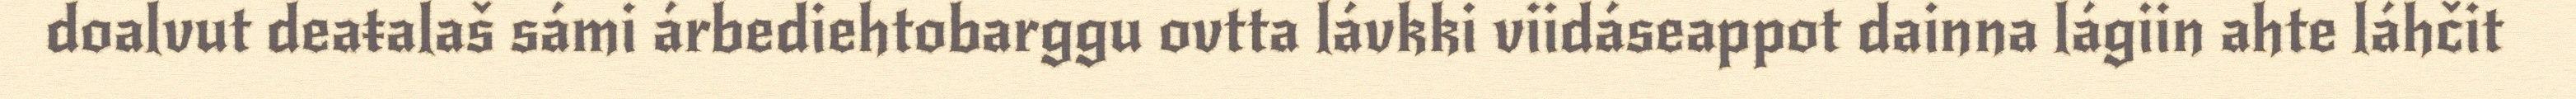
doalvut deaŧalaš sámi árbediehtobarggu ovtta lávkki viidáseappot dainna lágiin ahte láhčit